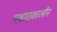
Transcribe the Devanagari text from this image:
पश्चात्‌कालीन